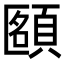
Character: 𩓴